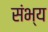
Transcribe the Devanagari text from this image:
संभ्य